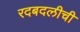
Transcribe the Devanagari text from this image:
रदबदलीची